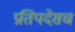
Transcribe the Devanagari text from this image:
प्रतिपदेसच